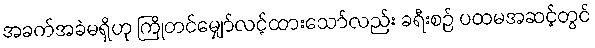
အခက်အခဲမရှိဟု ကြိုတင်မျှော်လင့်ထားသော်လည်း ခရီးစဉ် ပထမအဆင့်တွင်